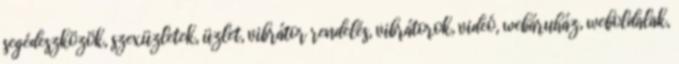
segédeszközök, szexüzletek, üzlet, vibrátor rendelés, vibrátorok, videó, webáruház, weboldalak,